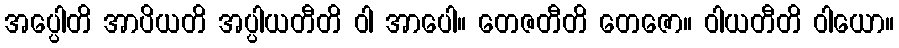
အပ္ပေါတိ အာပိယတိ အပ္ပါယတီတိ ဝါ အာပေါ။ တေဇတီတိ တေဇော။ ဝါယတီတိ ဝါယော။